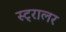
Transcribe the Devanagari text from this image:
स्ट्रालर